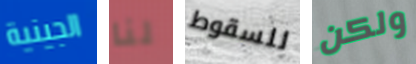
الجينية لنا للسقوط ولكن